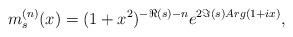
LaTeX: \begin{align*}m_s^{(n)}(x)=(1+x^2)^{-\Re(s)-n}e^{2\Im(s)Arg(1+ix)},\end{align*}